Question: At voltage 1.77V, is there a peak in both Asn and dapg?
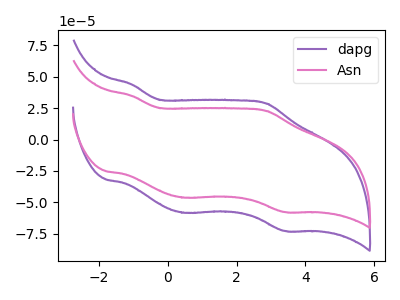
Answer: <think>The purple curve "dapg" has anodic peaks at (-1.05V, 43.90uA) (2.85V, 28.65uA) and cathodic peaks at (0.50V, -58.30uA) (3.40V, -72.80uA). The pink curve "Asn" has anodic peaks at (-1.05V, 34.80uA) (2.85V, 22.70uA) and cathodic peaks at (0.50V, -46.25uA) (3.40V, -57.75uA).</think>
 <answer>No, "Asn" and "dapg" dont share a peak at 1.77V.</answer>
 <eval>mismatch</eval>